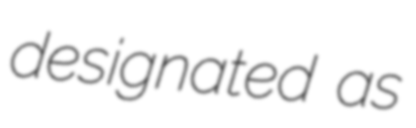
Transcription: designated as